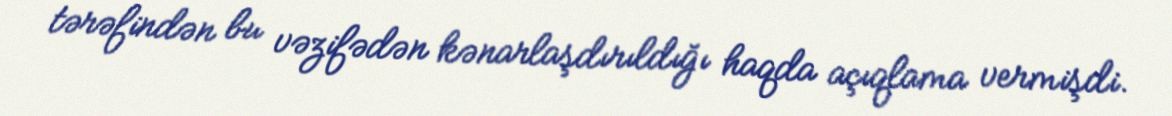
tərəfindən bu vəzifədən kənarlaşdırıldığı haqda açıqlama vermişdi.